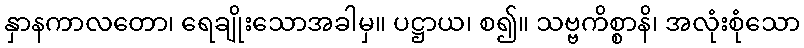
နှာနကာလတော၊ ရေချိုးသောအခါမှ။ ပဋ္ဌာယ၊ စ၍။ သဗ္ဗကိစ္စာနိ၊ အလုံးစုံသော